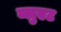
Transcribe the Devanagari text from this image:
ब्लुएट